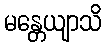
မန္တေယျာသိ